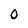
Character: O